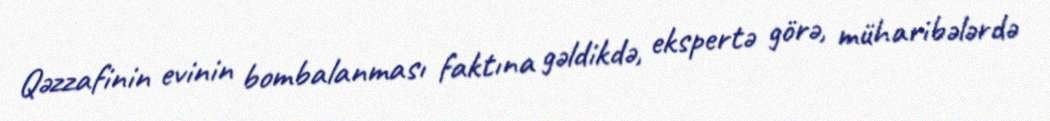
Qəzzafinin evinin bombalanması faktına gəldikdə, ekspertə görə, müharibələrdə